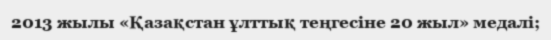
2013 жылы «Қазақстан ұлттық теңгесіне 20 жыл» медалі;